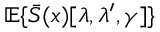
{ \mathbb E } \{ \bar { S } ( x ) [ \lambda , \lambda ^ { \prime } , \gamma ] \}